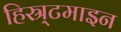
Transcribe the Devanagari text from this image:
हिस्र्टमाइन